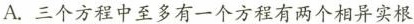
A.三个方程中至多有一个方程有两个相异实根